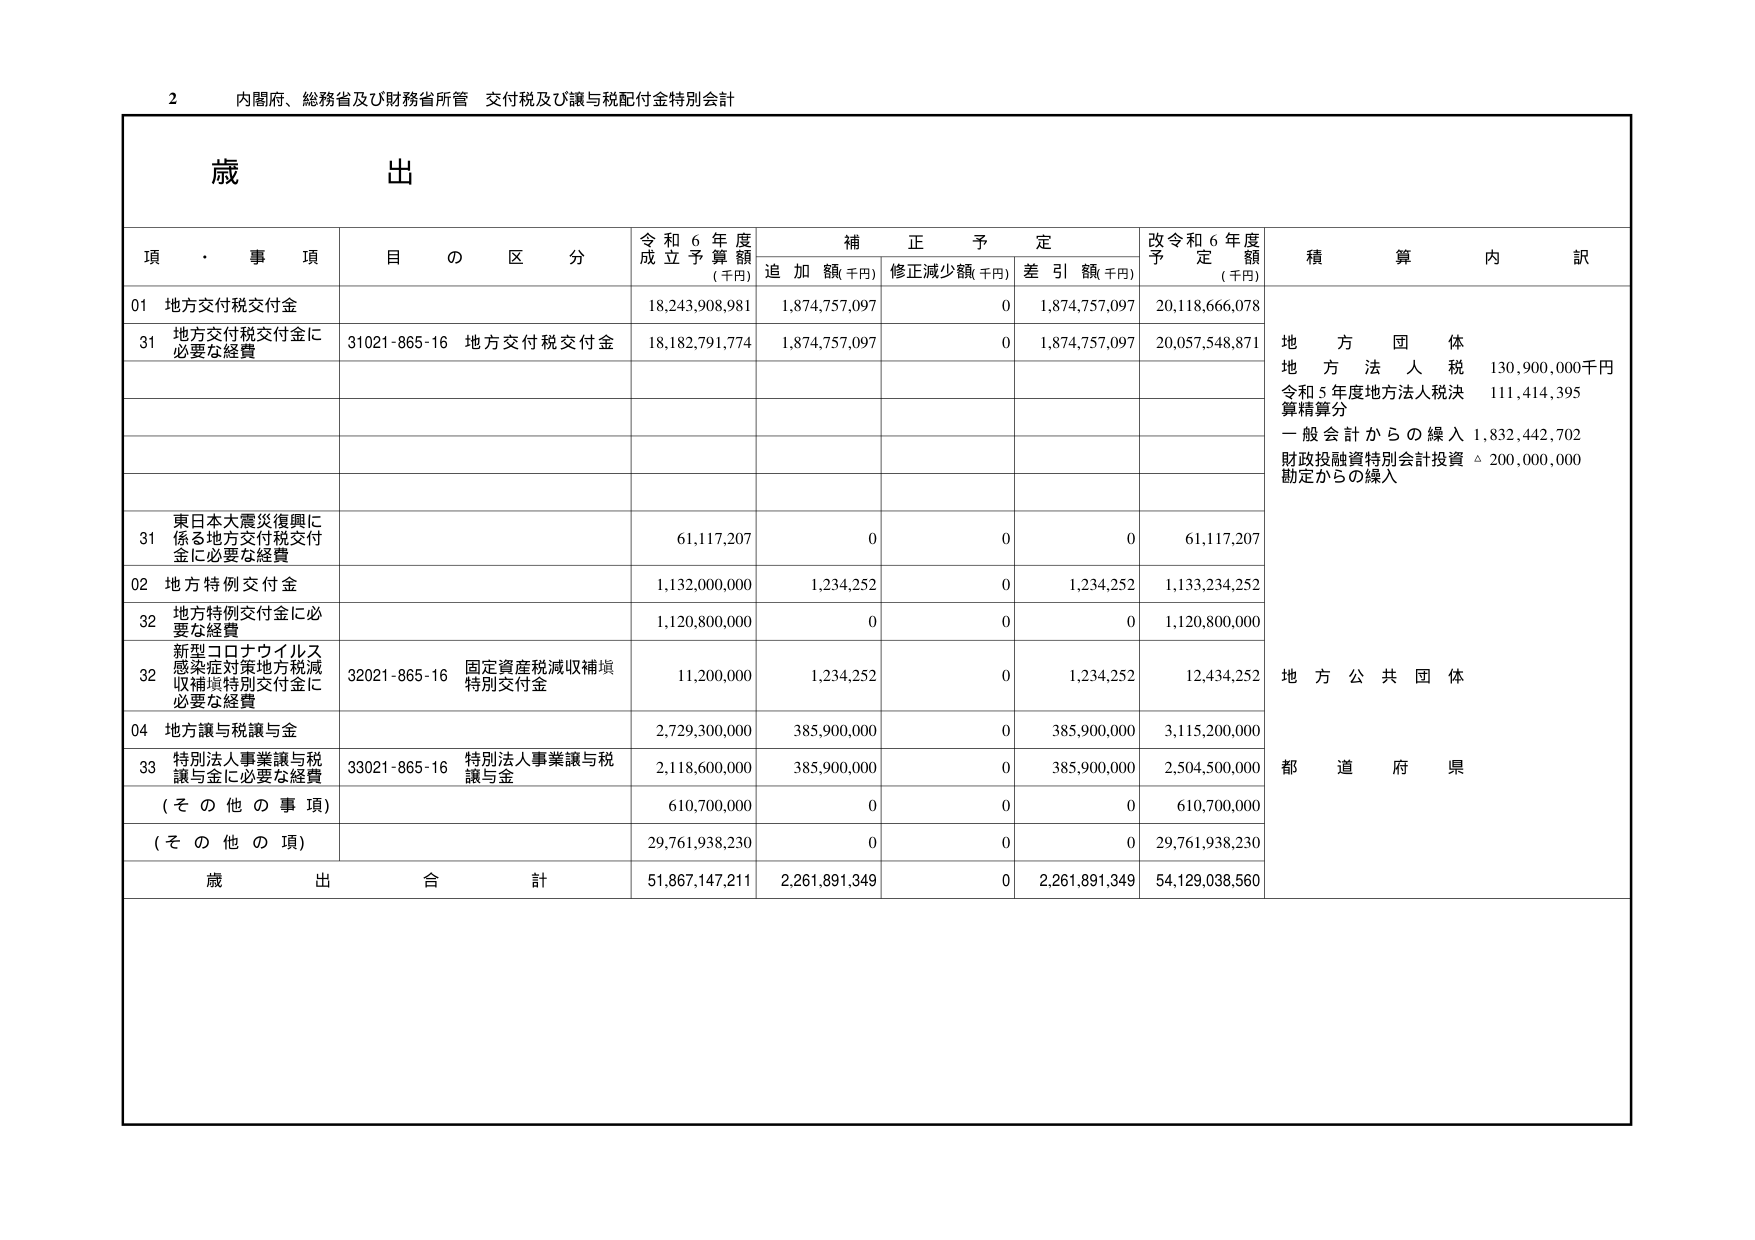
2 内閣府、総務省及び財務省所管 交付税及び譲与税配付金特別会計

歳 出

項・事項 目の区分 令和6年度成立予算額（千円） 補正予定 追加額（千円） 修正減少額（千円） 差引額（千円） 改令和6年度予定額（千円） 積算内訳

01 地方交付税交付金 18,243,908,981 1,874,757,097 0 1,874,757,097 20,118,666,078

31 地方交付税交付金に必要な経費 31021-865-16 地方交付税交付金 18,182,791,774 1,874,757,097 0 1,874,757,097 20,057,548,871

地 方 団 体
地 方 法 人 税 130,900,000千円
令和5年度地方法人税決算精算分 111,414,395
一般会計からの繰入 1,832,442,702
財政投融資特別会計投資勘定からの繰入 △ 200,000,000

31 東日本大震災復興に係る地方交付税交付金に必要な経費 61,117,207 0 0 0 61,117,207

02 地方特例交付金 1,132,000,000 1,234,252 0 1,234,252 1,133,234,252

32 地方特例交付金に必要な経費 1,120,800,000 0 0 0 1,120,800,000

32 新型コロナウイルス感染症対策地方税減収補填特別交付金に必要な経費 32021-865-16 固定資産税減収補填特別交付金 11,200,000 1,234,252 0 1,234,252 12,434,252

地 方 公 共 団 体

04 地方譲与税譲与金 2,729,300,000 385,900,000 0 385,900,000 3,115,200,000

33 特別法人事業譲与税譲与金に必要な経費 33021-865-16 特別法人事業譲与税譲与金 2,118,600,000 385,900,000 0 385,900,000 2,504,500,000

都 道 府 県

（その他 の事項） 610,700,000 0 0 0 610,700,000

（その他 の項） 29,761,938,230 0 0 0 29,761,938,230

歳 出 合 計 51,867,147,211 2,261,891,349 0 2,261,891,349 54,129,038,560